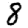
Digit: 8